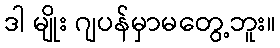
ဒါ မျိုး ဂျပန်မှာမတွေ့ဘူး။